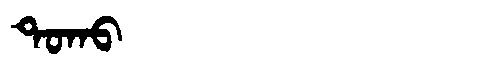
Manchu: ᡨᠣᡴᠣ
Romanization: TOKO